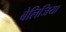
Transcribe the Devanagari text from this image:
बेलिजिया